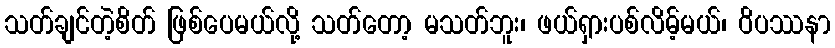
သတ်ချင်တဲ့စိတ် ဖြစ်ပေမယ်လို့ သတ်တော့ မသတ်ဘူး၊ ဖယ်ရှားပစ်လိမ့်မယ်၊ ဝိပဿနာ